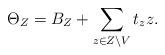
LaTeX: \begin{align*}\Theta_Z = B_Z +\sum_{z\in Z\setminus V} t_z z.\end{align*}